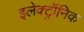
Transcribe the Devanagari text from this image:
इलेक्‍ट्रॉनिक